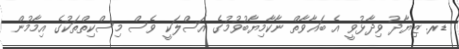
ޑރ. ޒިޔާދު ވިދާޅުވީ އެ ބަޣާވާތް ނާކާމިޔާބުވުމުގެ އަސްލަކީ ވެސް މިސްކިތްތަކުގެ އިމާމުން